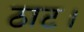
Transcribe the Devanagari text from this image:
ठाट।